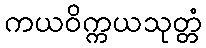
ကယဝိက္ကယသုတ္တံ